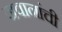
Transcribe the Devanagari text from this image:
जवानांची